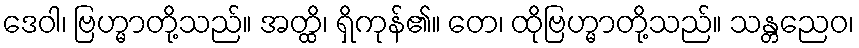
ဒေဝါ၊ ဗြဟ္မာတို့သည်။ အတ္ထိ၊ ရှိကုန်၏။ တေ၊ ထိုဗြဟ္မာတို့သည်။ သန္တညေဝ၊